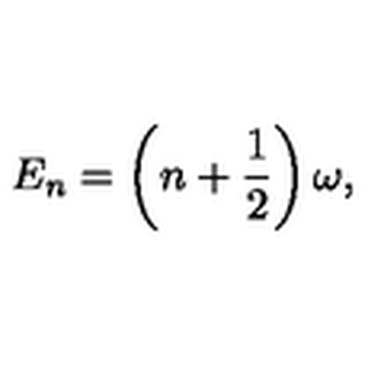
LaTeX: E _ { n } = \left( n + \frac { 1 } { 2 } \right) \omega ,